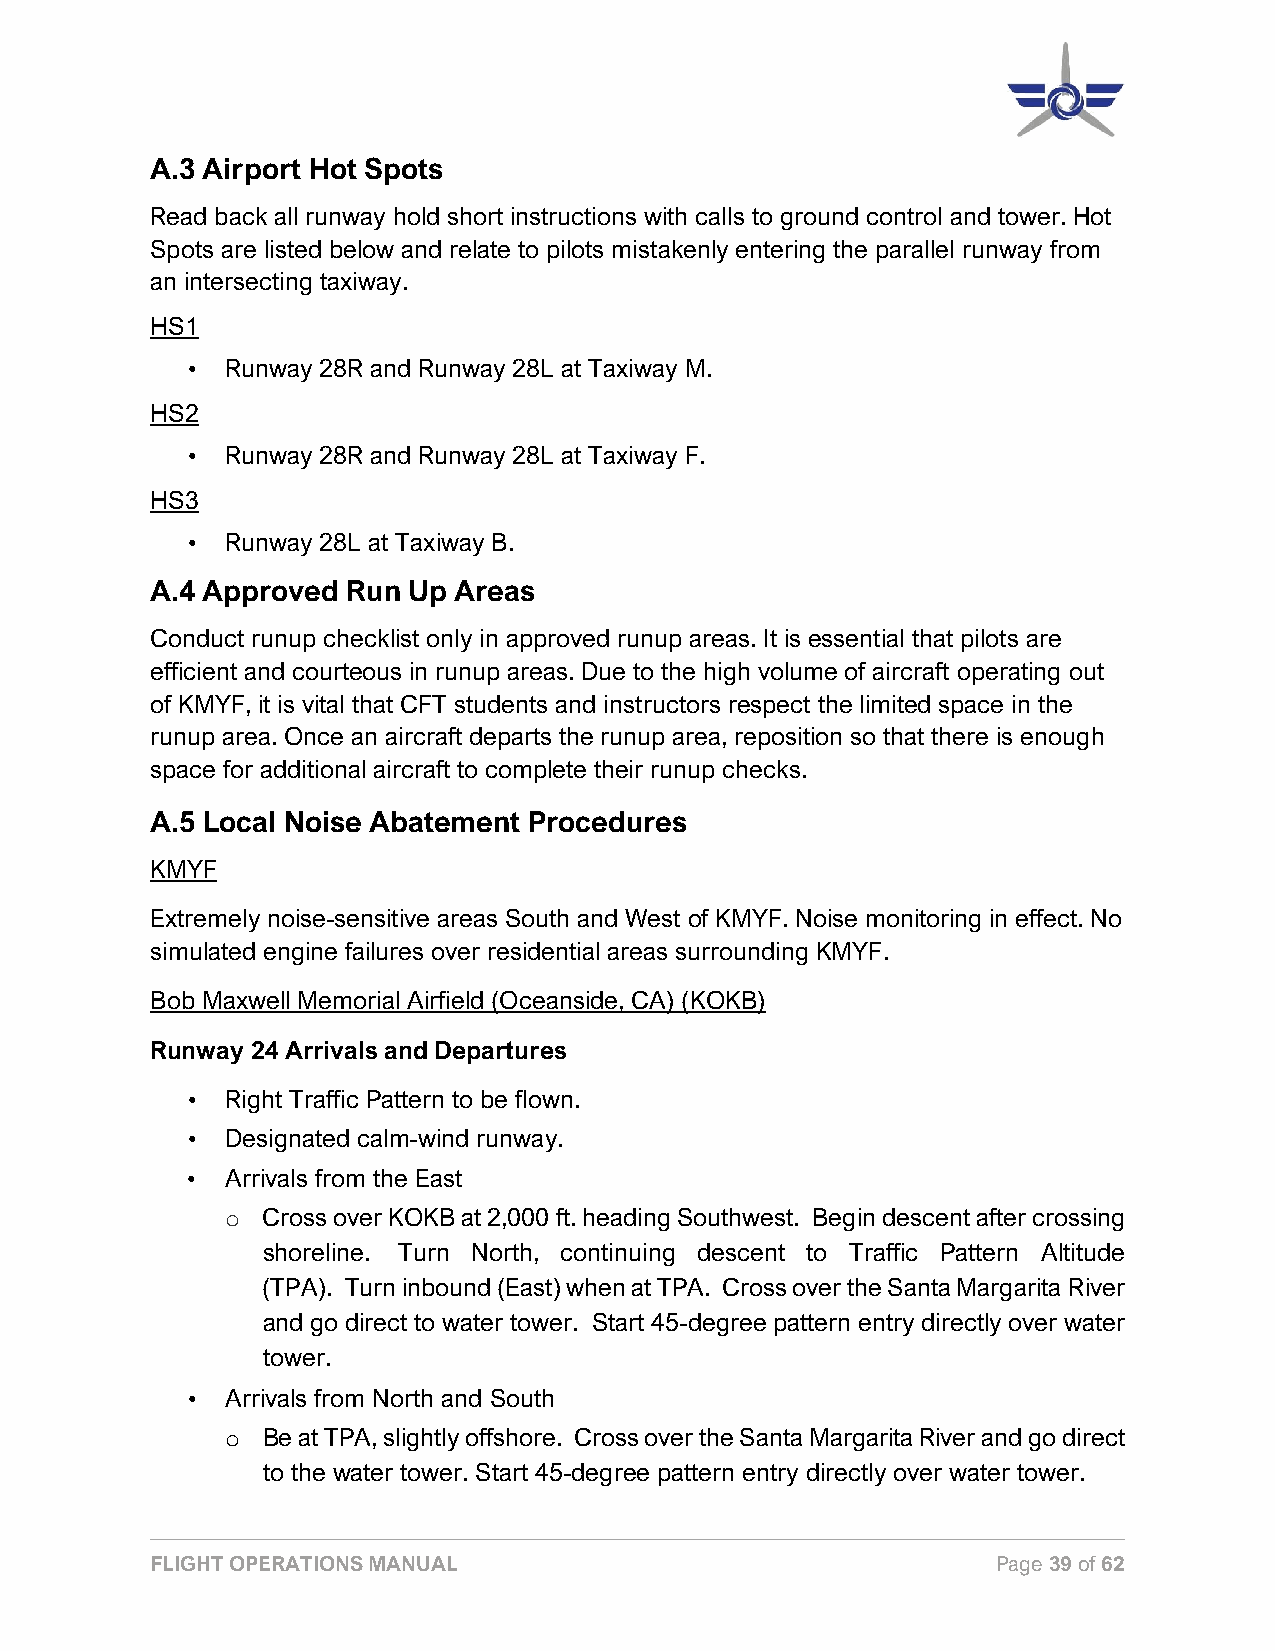
A.3 Airport Hot Spots
 Read back all runway hold short instructions with calls to ground control and tower. Hot
 Spots are listed below and relate to pilots mistakenly entering the parallel runway from
 an intersecting taxiway.
 HS1
 •  Runway 28R and Runway 28L at Taxiway M.
 HS2
 •  Runway 28R and Runway 28L at Taxiway F.
 HS3
 •  Runway 28L at Taxiway B.
 A.4 Approved Run Up Areas
 Conduct runup checklist only in approved runup areas. It is essential that pilots are
 efficient and courteous in runup areas. Due to the high volume of aircraft operating out
 of KMYF, it is vital that CFT students and instructors respect the limited space in the
 runup area. Once an aircraft departs the runup area, reposition so that there is enough
 space for additional aircraft to complete their runup checks.
 A.5 Local Noise Abatement Procedures
 KMYF
 Extremely noise-sensitive areas South and West of KMYF. Noise monitoring in effect. No
 simulated engine failures over residential areas surrounding KMYF.
 Bob Maxwell Memorial Airfield (Oceanside, CA) (KOKB)
 Runway 24 Arrivals and Departures
 •  Right Traffic Pattern to be flown.
 •  Designated calm-wind runway.
 •  Arrivals from the East
 Cross over KOKB at 2,000 ft. heading Southwest. Begin descent after crossing
 o
 shoreline. Turn North, continuing descent to Traffic Pattern Altitude
 (TPA). Turn inbound (East) when at TPA. Cross over the Santa Margarita River
 and go direct to water tower. Start 45-degree pattern entry directly over water
 tower.
 •  Arrivals from North and South
 Be at TPA, slightly offshore. Cross over the Santa Margarita River and go direct
 o
 to the water tower. Start 45-degree pattern entry directly over water tower.
 FLIGHT OPERATIONS MANUAL                                Page 39 of 62